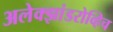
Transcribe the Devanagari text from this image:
अलेक्झांडरोव्हिच